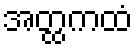
အတ္ထကထံ